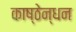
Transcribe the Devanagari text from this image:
काष्ठेन्धन